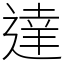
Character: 達